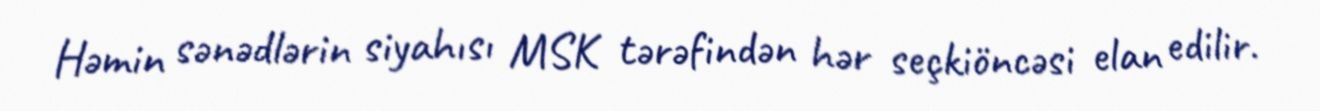
Həmin sənədlərin siyahısı MSK tərəfindən hər seçkiöncəsi elan edilir.